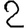
Digit: 2